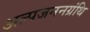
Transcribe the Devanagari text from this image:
अल्पजननग्रंथि